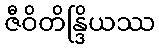
ဇီဝိတိန္ဒြိယဿ